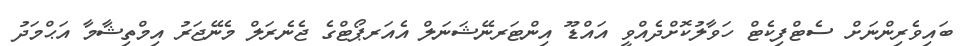
ބައިވެރިންނަށް ސެޓްފިކެޓް ހަވާލުކޮށްދެއްވީ އައްޑޫ އިންޓަރނޭޝަނަލް އެއަރޕޯޓްގެ ޖެނެރަލް މެނޭޖަރު އިމްތިޝާމާ އަޙްމަދު